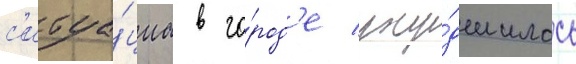
с'итуа́циа в го́род'е уху́дшилась